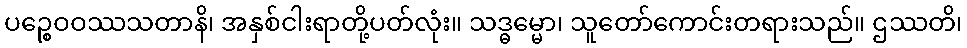
ပဉ္စေဝဝဿသတာနိ၊ အနှစ်ငါးရာတို့ပတ်လုံး။ သဒ္ဓမ္မော၊ သူတော်ကောင်းတရားသည်။ ဌဿတိ၊